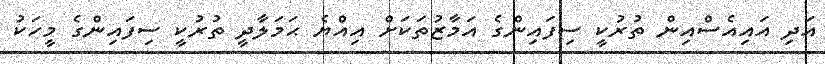
އަދި އައިއެސްއިން ތުރުކީ ސިފައިންގެ އަމާޒުތަކަށް އިއްޔެ ޙަމަލާދީ ތުުރުކީ ސިފައިންގެ މީހަކު